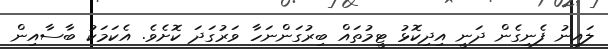
ލައިނު ފެނިގެން ދަނީ އިދިކޮޅު ޓީމުތައް ބިރުގަންނަހާ ވަރުގަދަ ކޮށެވެ. އެކަމަކު ބާސާއިން